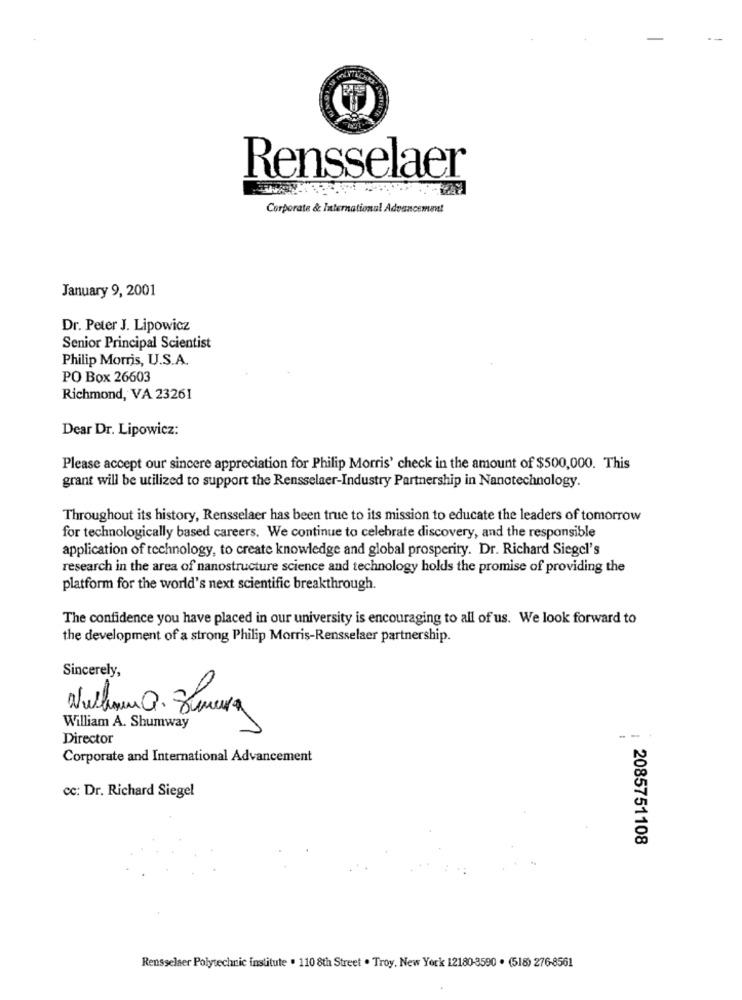
Rensselaer
Corporate & International Advancement
January 9, 2001
Dr. Peter J. Lipowicz
Senior Principal Scientist
Philip Morris, U.S.A.
PO Box 26603
Richmond, VA 23261
Dear Dr. Lipowicz:
Please accept our sincere appreciation for Philip Morris' check in the amount of $500,000. This
grant will be utilized to support the Rensselaer-Industry Partnership in Nanotechnology.
Throughout its history, Rensselaer has been true to its mission to educate the leaders of tomorrow
for technologically based careers. We continue to celebrate discovery, and the responsible
application of technology, to create knowledge and global prosperity. Dr. Richard Siegel's
research in the area of nanostructure science and technology holds the promise of providing the
platform for the world's next scientific breakthrough.
The confidence you have placed in our university is encouraging to all of us. We look forward to
the development of a strong Philip Morris-Rensselaer partnership.
Sincerely,
Wwhman Q. Sumera
William A. Shumway
Director
Corporate and International Advancement
cc: Dr. Richard Siegel
2085751108
Rensselaer Polytechnic institute . 110 8th Street . Troy, New York 12180-3590 . (518) 276-8561